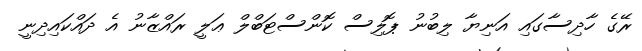
ރޭގެ ހާދިސާގައި އަނިޔާ ލިބުނު ޕޮލިސް ކޮންސްޓަބްލް ޢަލީ ރައްޒާނު އެ ދައްކައިދިނީ